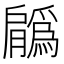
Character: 𦢳